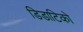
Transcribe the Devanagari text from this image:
डिडाटिको